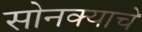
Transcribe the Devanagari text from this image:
सोनक्याचे